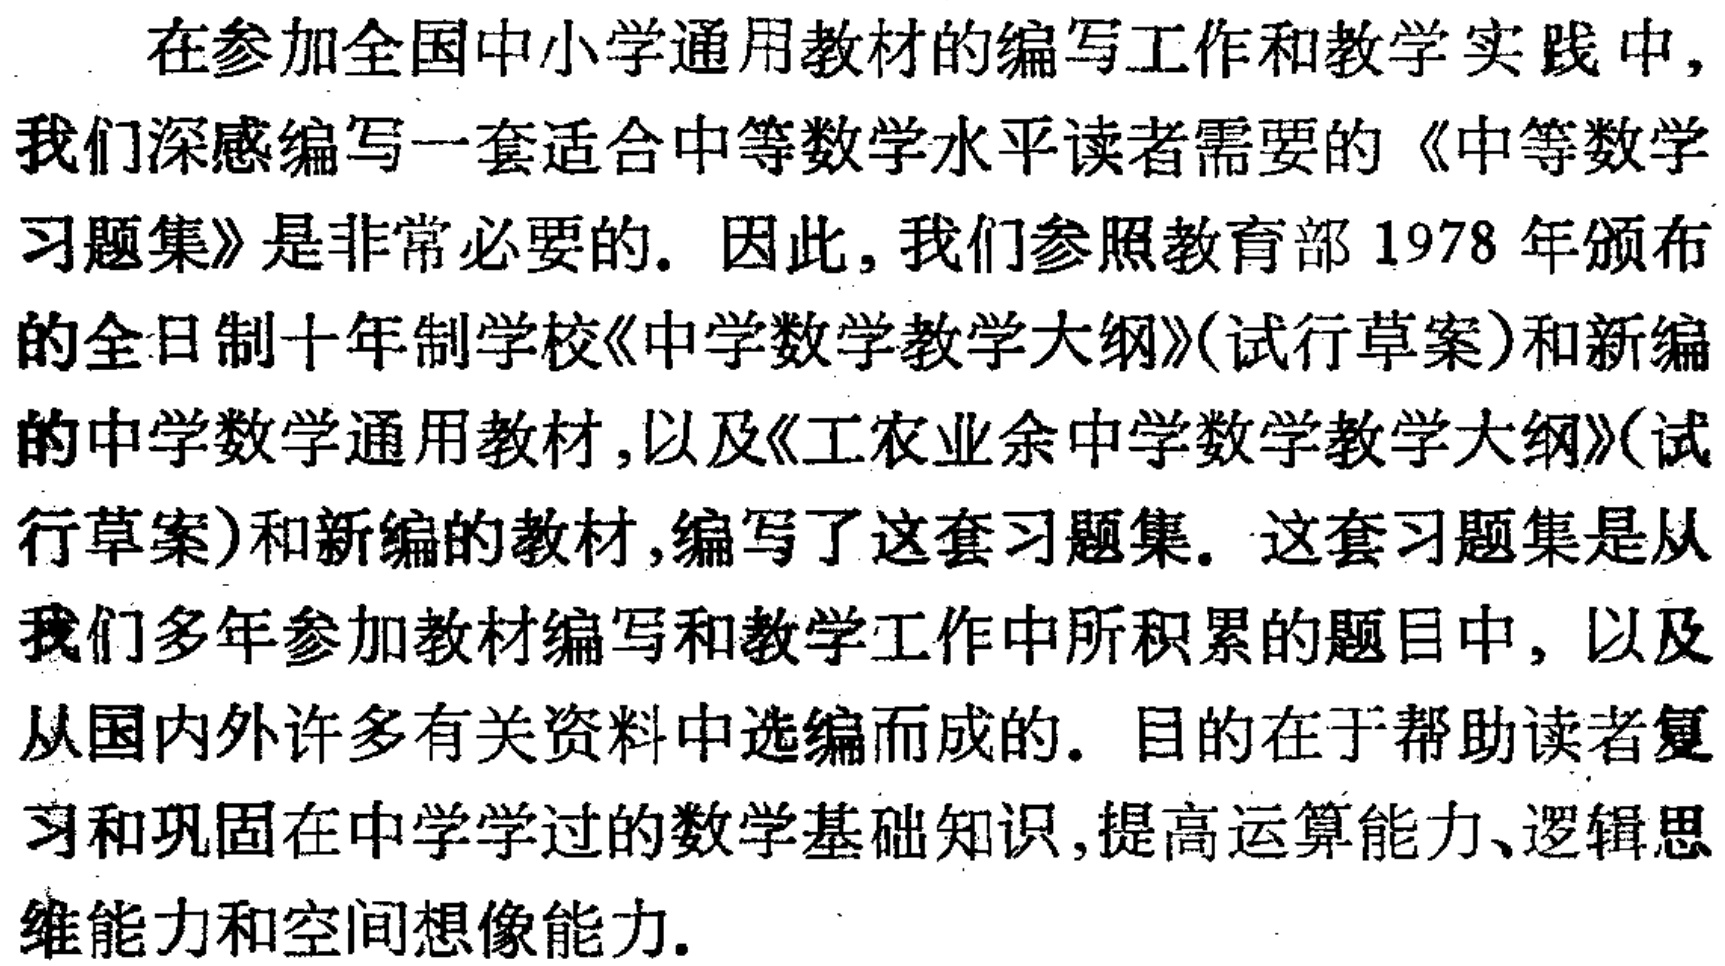
在参加全国中小学通用教材的编写工作和教学实践中，我们深感编写一套适合中等数学水平读者需要的《中等数学习题集》是非常必要的. 因此，我们参照教育部1978年颁布的全日制十年制学校《中学数学教学大纲》(试行草案)和新编的中学数学通用教材，以及《工农业余中学数学教学大纲》(试行草案)和新编的教材，编写了这套习题集. 这套习题集是从我们多年参加教材编写和教学工作中所积累的题目中，以及从国内外许多有关资料中选编而成的. 目的在于帮助读者复习和巩固在中学学过的数学基础知识，提高运算能力、逻辑思维能力和空间想像能力.